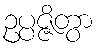
ဥပ္ပဇ္ဇိတွာ